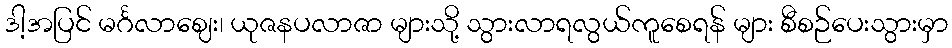
ဒါ့အပြင် မင်္ဂလာဈေး၊ ယုဇနပလာဇာ များသို့ သွားလာရလွယ်ကူစေရန် များ စီစဉ်ပေးသွားမှာ